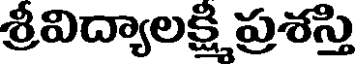
శ్రీవిద్యాలక్షి ప్రశస్తి